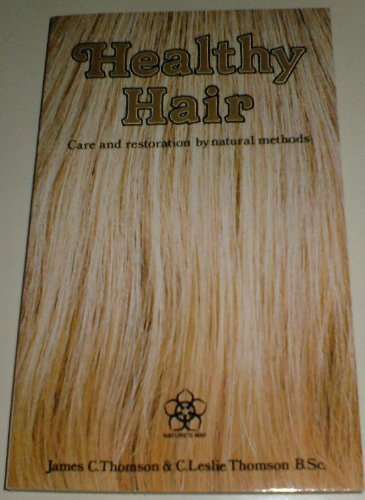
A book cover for Healthy Hair: Care and Restoration by Natural Methods (Nature's Way); James Charles Thomson; Health, Fitness & Dieting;